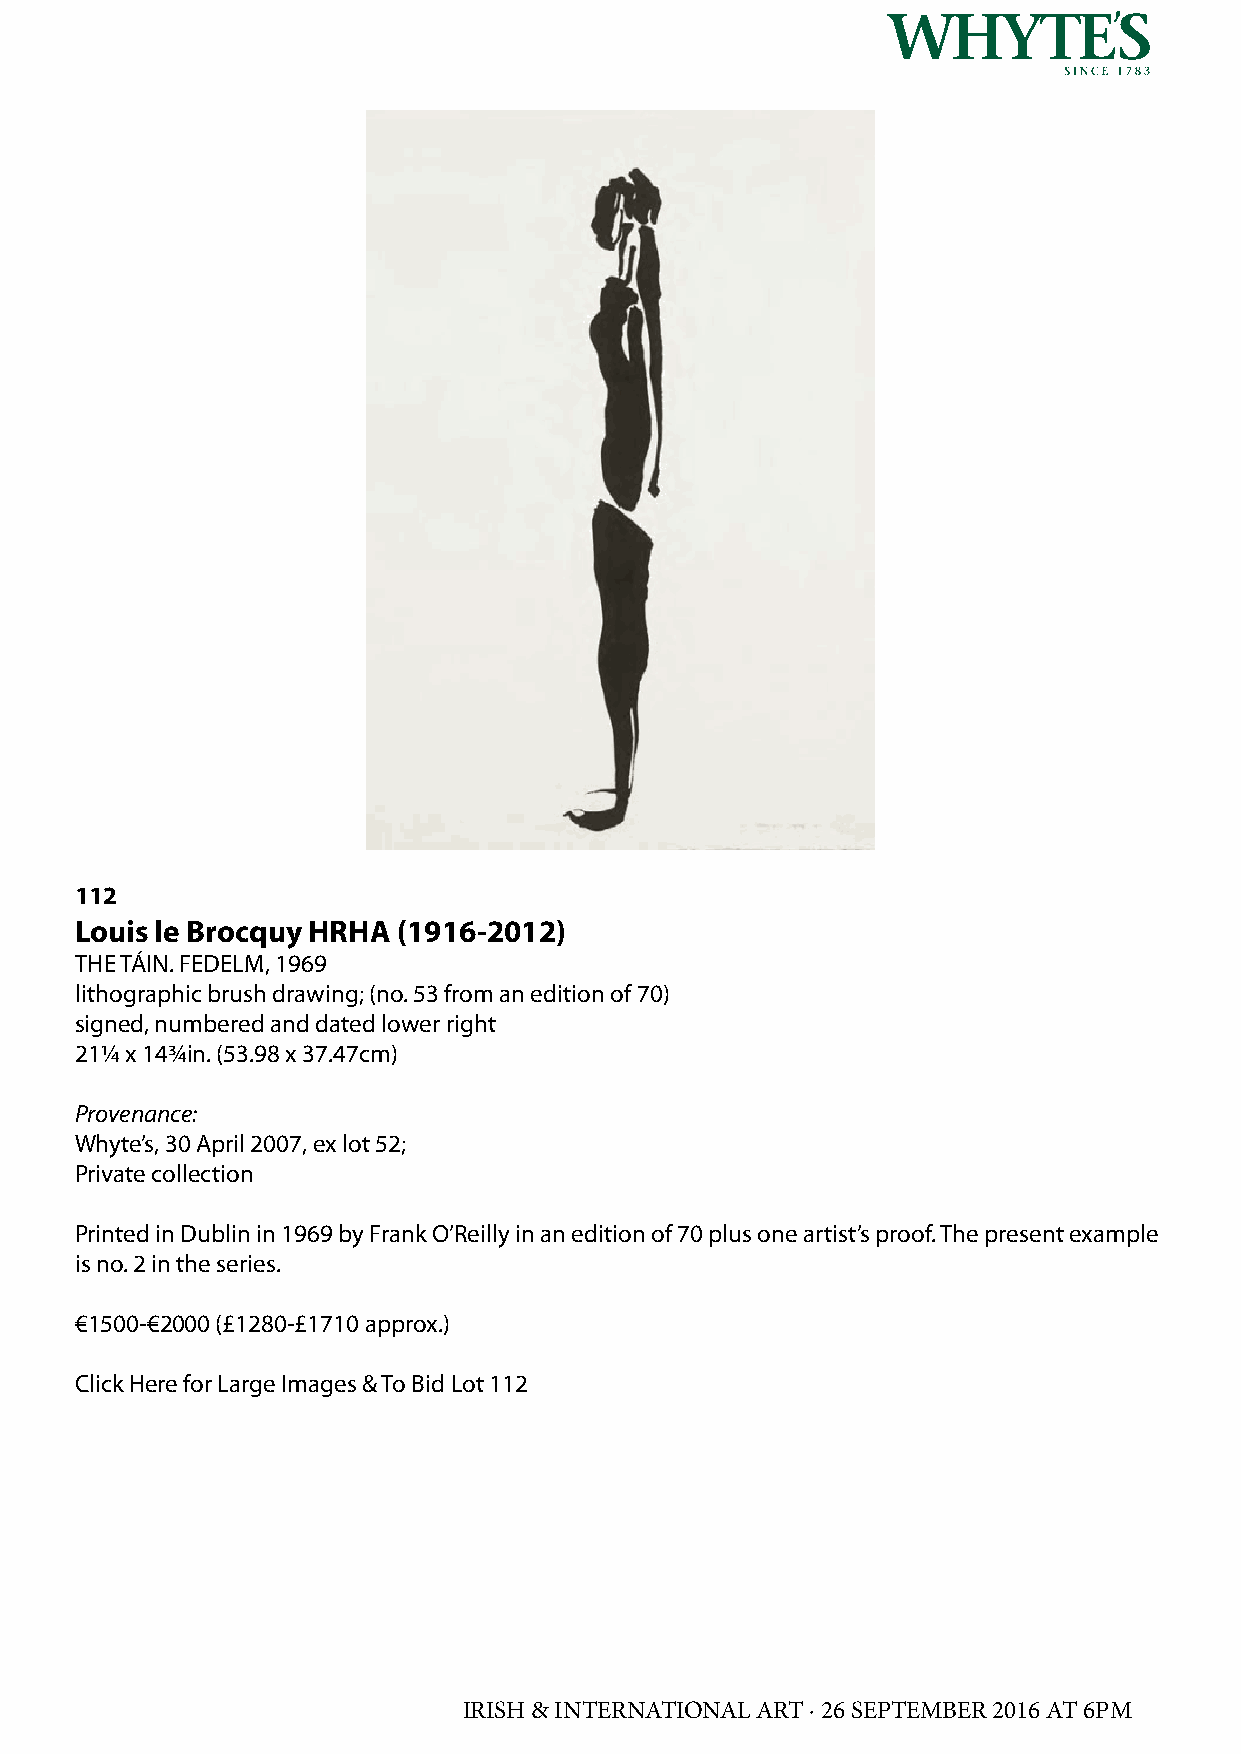
112
 Louis le Brocquy HRHA (1916-2012)
 THE TÁIN. FEDELM, 1969
 lithographic brush drawing; (no. 53 from an edition of 70)
 signed, numbered and dated lower right
 21¼ x 14¾in. (53.98 x 37.47cm)
 Provenance:
 Whyte’s, 30 April 2007, ex lot 52;
 Private collection
 Printed in Dublin in 1969 by Frank O’Reilly in an edition of 70 plus one artist’s proof. The present example
 is no. 2 in the series.
 €1500-€2000 (£1280-£1710 approx.)
 Click Here for Large Images & To Bid Lot 112
 IRISH & INTERNATIONAL ART · 26 SEPTEMBER 2016 AT 6PM